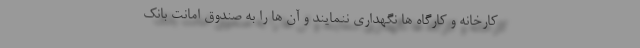
کارخانه و کارگاه ها نگهداری ننمایند و آن ها را به صندوق امانت بانک